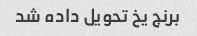
برنج یخ تحویل داده شد